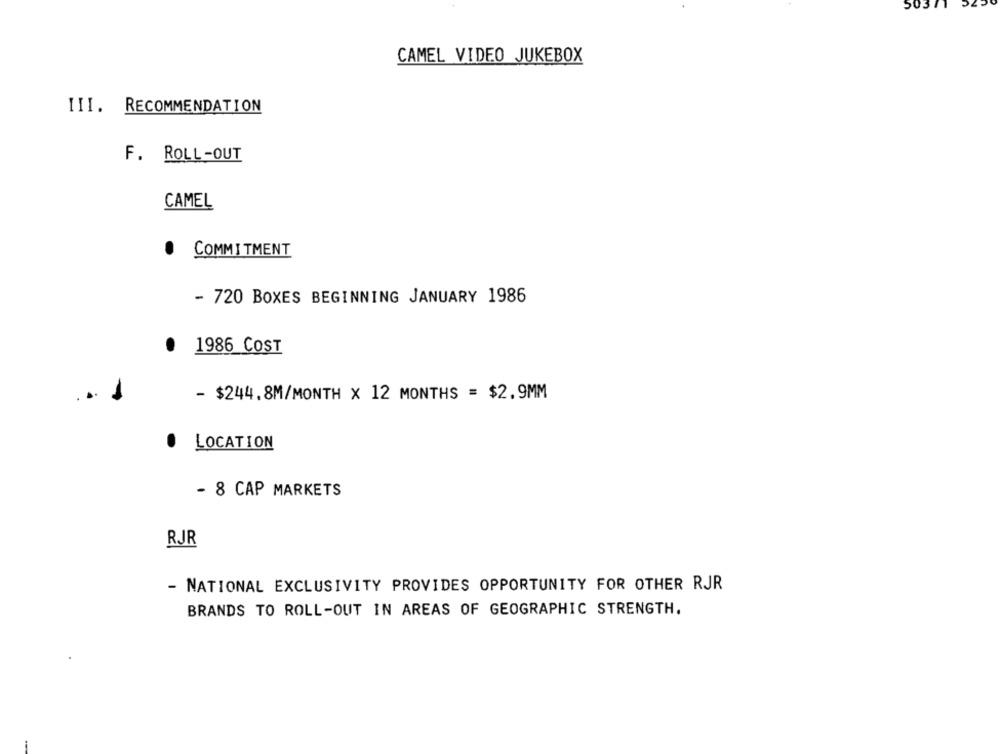
50371
CAMEL VIDEO JUKEBOX
III. RECOMMENDATION
F. ROLL-OUT
CAMEL
.
COMMITMENT
- 720 BOXES BEGINNING JANUARY 1986
1986 COST
- $244.8M/MONTH X 12 MONTHS = $2.9MM
.
LOCATION
- 8 CAP MARKETS
RJR
- NATIONAL EXCLUSIVITY PROVIDES OPPORTUNITY FOR OTHER RJR
BRANDS TO ROLL-OUT IN AREAS OF GEOGRAPHIC STRENGTH.